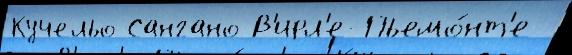
Кучельо Сангано В'ирл'е-Пьемо́нт'е